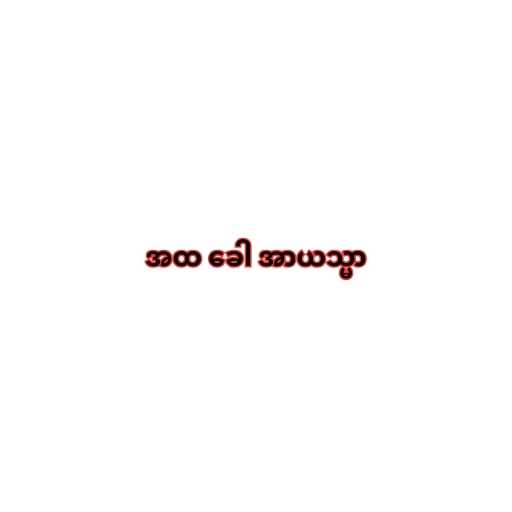
အထ ခေါ အာယသ္မာ